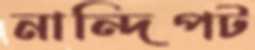
নান্দিপট